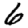
Digit: 6